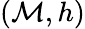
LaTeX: \left(\mathcal{M},h\right)